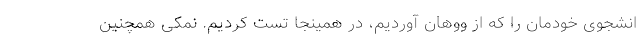
انشجوی خودمان را که از ووهان آوردیم، در همینجا تست کردیم. نمکی همچنین